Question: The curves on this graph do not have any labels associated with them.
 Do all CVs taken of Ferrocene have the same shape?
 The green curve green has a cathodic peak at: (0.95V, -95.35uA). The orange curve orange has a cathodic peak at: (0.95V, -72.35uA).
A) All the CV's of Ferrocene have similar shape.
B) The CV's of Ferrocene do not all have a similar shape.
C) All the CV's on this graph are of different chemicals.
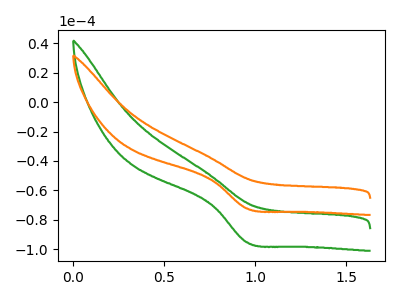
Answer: <think>All the peaks in "green" have a peak in "orange" at the same potential. Every peak in "green" is higher than every peak in "orange".
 </think>
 <answer>A) All the CV's of "Ferrocene" have similar shape.</answer>
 <eval>A</eval>